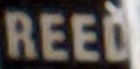
REED